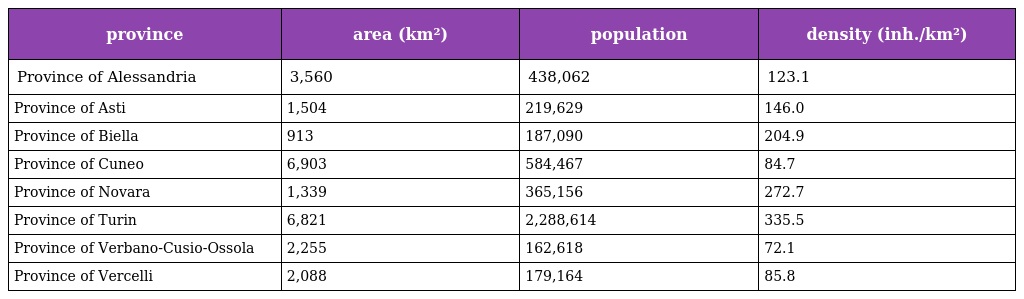
| province | area (km²) | population | density (inh./km²) |
 | --- | --- | --- | --- |
 | Province of Alessandria | 3,560 | 438,062 | 123.1 |
 | Province of Asti | 1,504 | 219,629 | 146.0 |
 | Province of Biella | 913 | 187,090 | 204.9 |
 | Province of Cuneo | 6,903 | 584,467 | 84.7 |
 | Province of Novara | 1,339 | 365,156 | 272.7 |
 | Province of Turin | 6,821 | 2,288,614 | 335.5 |
 | Province of Verbano-Cusio-Ossola | 2,255 | 162,618 | 72.1 |
 | Province of Vercelli | 2,088 | 179,164 | 85.8 |